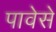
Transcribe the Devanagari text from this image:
पावेसे